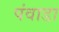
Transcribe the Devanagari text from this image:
पंवाडा